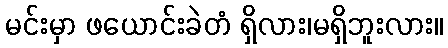
မင်းမှာ ဖယောင်းခဲတံ ရှိလား၊မရှိဘူးလား။